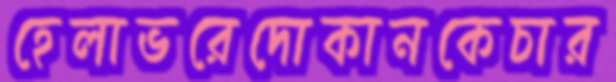
হেলাভরেদোকানকেচার